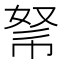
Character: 𢃂